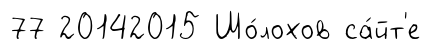
77 20142015 Шо́лохов са́йт'е